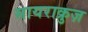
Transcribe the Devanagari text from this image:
सायराक्रुज़